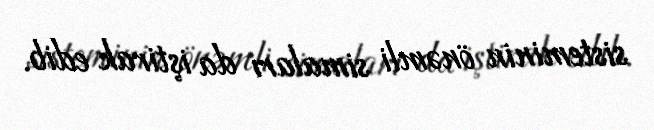
sisteminin önəmli simaları da iştirak edib.